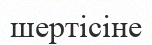
шертісіне